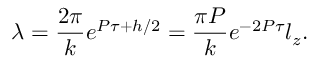
\lambda = \frac { 2 \pi } { k } e ^ { P \tau + h / 2 } = \frac { \pi P } { k } e ^ { - 2 P \tau } l _ { z } .